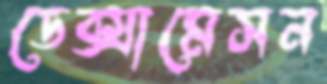
ডেক্সামেসন